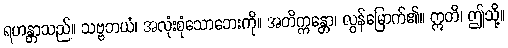
ရဟန္တာသည်။ သဗ္ဗဘယံ၊ အလုံးစုံသောဘေးကို။ အတိက္ကန္တော၊ လွန်မြောက်၏။ ဣတိ၊ ဤသို့။